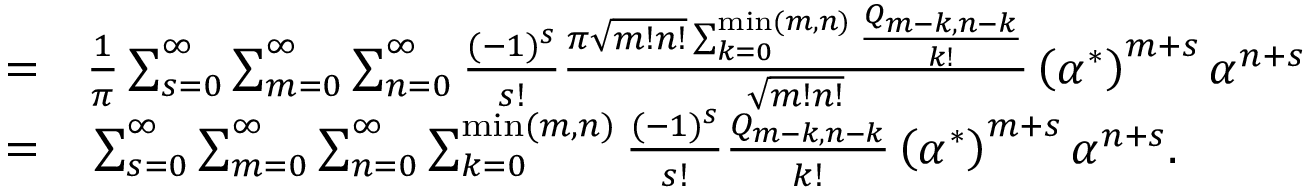
\begin{array} { r l } { = } & { { } \frac { 1 } { \pi } \sum _ { s = 0 } ^ { \infty } \sum _ { m = 0 } ^ { \infty } \sum _ { n = 0 } ^ { \infty } \frac { ( - 1 ) ^ { s } } { s ! } \frac { \pi \sqrt { m ! n ! } \sum _ { k = 0 } ^ { \operatorname* { m i n } ( m , n ) } \frac { Q _ { m - k , n - k } } { k ! } } { \sqrt { m ! n ! } } \left( { \alpha ^ { * } } \right) ^ { m + s } \alpha ^ { n + s } } \\ { = } & { { } \sum _ { s = 0 } ^ { \infty } \sum _ { m = 0 } ^ { \infty } \sum _ { n = 0 } ^ { \infty } \sum _ { k = 0 } ^ { \operatorname* { m i n } ( m , n ) } \frac { ( - 1 ) ^ { s } } { s ! } \frac { Q _ { m - k , n - k } } { k ! } \left( { \alpha ^ { * } } \right) ^ { m + s } \alpha ^ { n + s } . } \end{array}